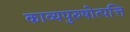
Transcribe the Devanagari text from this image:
काव्यपुरुषोत्पत्ति